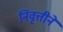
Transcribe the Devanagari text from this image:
निवृत्तीने